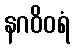
နဂဝိဝရံ